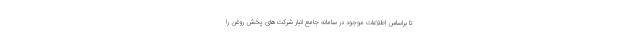
تا براساس اطلاعات موجود در سامانه جامع انبار شرکت‌های پخش روغن را